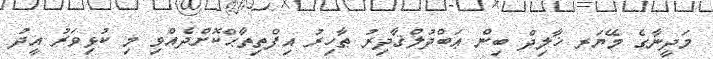
މަދީނާގެ މޭޔަރ ޚާލިދް ބިން ޢަބްދުލްޤާދިރު ޠާހިރު އިފްތިތާޙްކޮށްދެއްވި މި ކުޅިވަރު އީދު